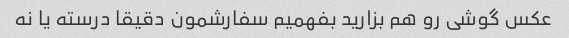
عکس گوشی رو هم بزارید بفهمیم سفارشمون دقیقا درسته یا نه